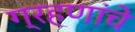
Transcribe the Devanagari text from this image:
ग्रहणांचे